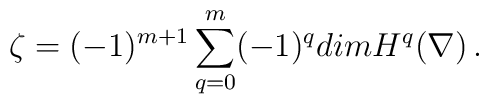
\zeta=(-1)^{m+1}\sum_{q=0}^m(-1)^qdimH^q(\nabla)\,.